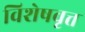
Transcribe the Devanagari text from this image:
विशेषवृत्त